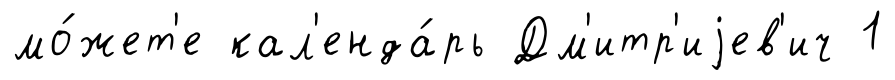
мо́жет'е кал'енда́рь Дм'итр'иjев'ич 1